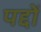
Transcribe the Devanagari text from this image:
पद्दों